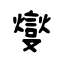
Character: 燮